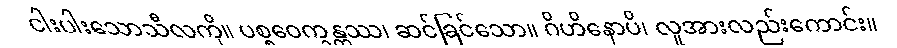
ငါးပါးသောသီလကို။ ပစ္စဝေက္ခန္တဿ၊ ဆင်ခြင်သော။ ဂိဟိနောပိ၊ လူအားလည်းကောင်း။